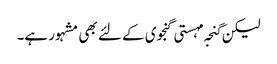
لیکن گنجہ مہستی گنجوی کے لئے بھی مشہور ہے۔